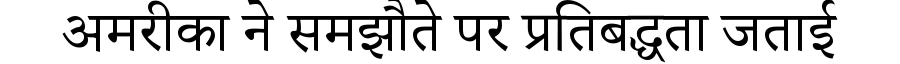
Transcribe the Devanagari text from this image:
अमरीका ने समझौते पर प्रतिबद्धता जताई